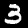
Label: 3